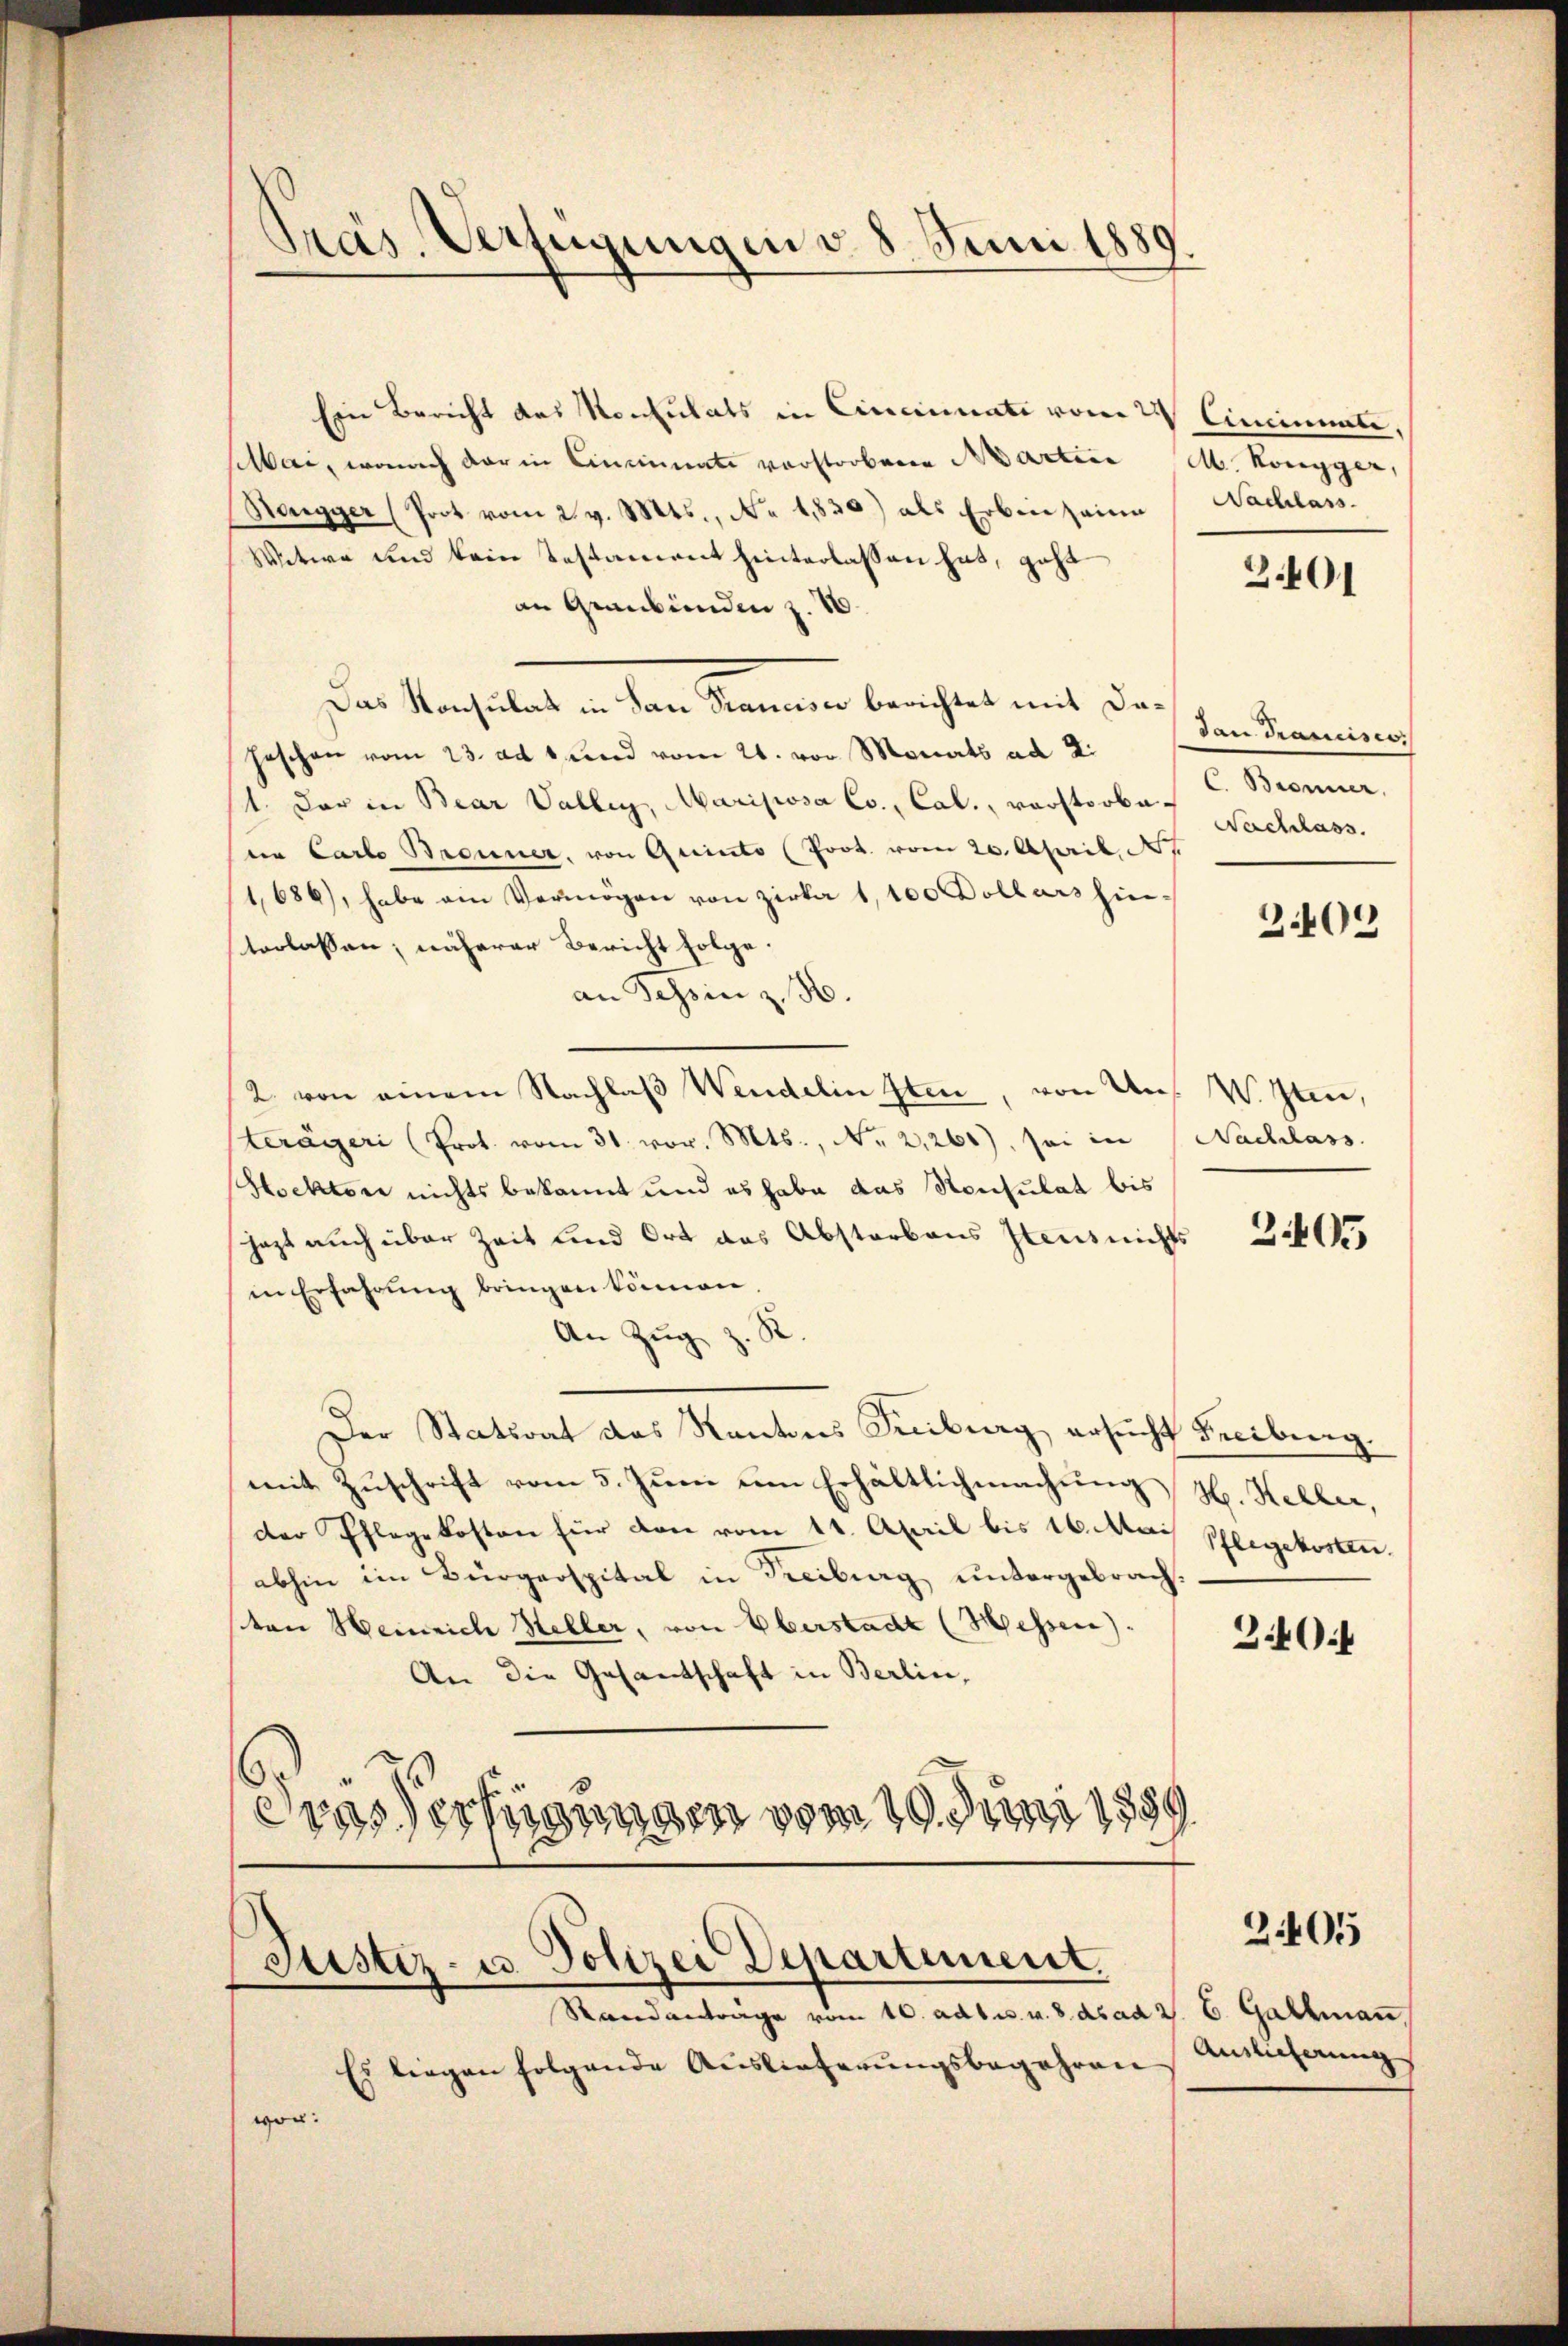
Präs. Verfügungen d. 8. Juni 1889.

Ein Bericht des Konsulats in Cincinati vom 2 Ciminale,
Mai, wonach der in Einsinuate vorstorbene Martice M. Kongger,
Hangger (Prot vom 2. v. Mts., No 1,830) als Erbinzaine Nachlass
Witwe und kein Testament hinterlassen hat, geht
an Graubünden z. 16.
Das Konsulat in dem Kammen berichtet mit der
Haschen vom 23. ad 1. und vom 21. vor Monats ad 2.
11. Der in Bear Valley, Mariposa Co., Cal., verstorbesein Carlo Brenner, von Quinto (Poot. vom 20. April, N
1,686), habe ein Vermögen von Zirka 1,100 Dollars hin-
terlassen; näherer Bericht folge.
an Schinz,
2. von einem Nachlaß Wendelin Iten, von Uns. W. Iten,
terägeri (Prot. vom 31. vor. Mts., Nr. 2,260), sei in Nachlass
Hoektor nichts bekannt und es habe das Reusulat bis
jetzt auch über Zeit und Ort das Abstarbens stens nichts
in Erfahrŭng bringen können.
An Zug z. R.
Der Stationt das Kantons Freiburg ersucht Freiburg.
mit Zuschrift vom 5. Juni um Erhältlichmachung H. Heller,
der Pflegekosten für von vom 11. April bis 16. Mai Pflegekosten.
abhin im Bürgerspital in Treiburg untergebrach.
von Heinrich Heller, von Oberstadt (Hessen.
An die Gesandschaft in Berlin,
Frassertigungen vom 19. Juni 1889

Justiz- u. Polizei Departement.

Randanträge vom 10. adt u. v. 8. ds ad 2. 6. Gallman
Es liegen folgende Auslieferungsbegehren
wor:

B. 401

dan Francisco
C. Bronner,
Nachlass

2409

2405

3404

Auslieferung

2405